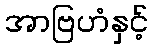
အာဗြဟံနှင့်